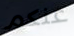
عنكم